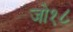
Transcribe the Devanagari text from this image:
जो१८